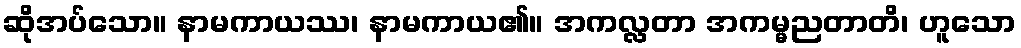
ဆိုအပ်သော။ နာမကာယဿ၊ နာမကာယ၏။ အကလ္လတာ အကမ္မညတာတိ၊ ဟူသော